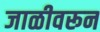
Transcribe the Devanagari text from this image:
जाळीवरून